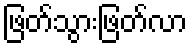
ဖြတ်သွားဖြတ်လာ